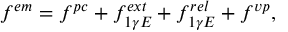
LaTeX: f ^ { e m } = f ^ { p c } + f _ { 1 \gamma E } ^ { e x t } + f _ { 1 \gamma E } ^ { r e l } + f ^ { v p } ,